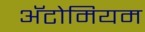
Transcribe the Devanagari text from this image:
अॅटोमियम